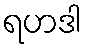
ရဟဒါ